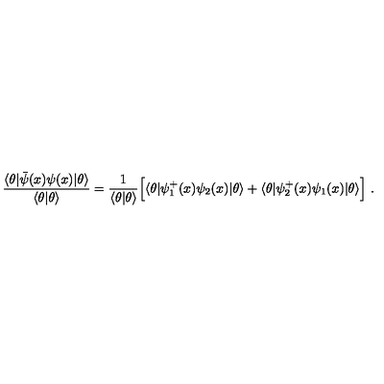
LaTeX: \frac { \langle \theta | \bar { \psi } ( x ) \psi ( x ) | \theta \rangle } { \langle \theta | \theta \rangle } = \frac { 1 } { \langle \theta | \theta \rangle } \Bigl [ \langle \theta | \psi _ { 1 } ^ { + } ( x ) \psi _ { 2 } ( x ) | \theta \rangle + \langle \theta | \psi _ { 2 } ^ { + } ( x ) \psi _ { 1 } ( x ) | \theta \rangle \Bigr ] \ .